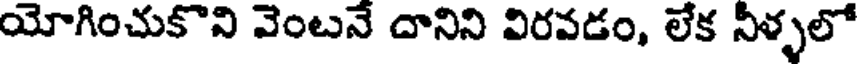
యోగించుకొని వెంటనే దానిని విరవడం, లేక నీళ్ళలో